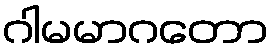
ဂါမမာဂတော